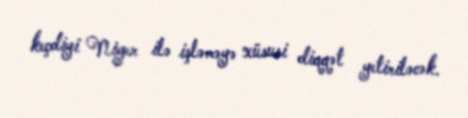
keçdiyi Niger ilə işləməyə xüsusi diqqət yetiriləcək.